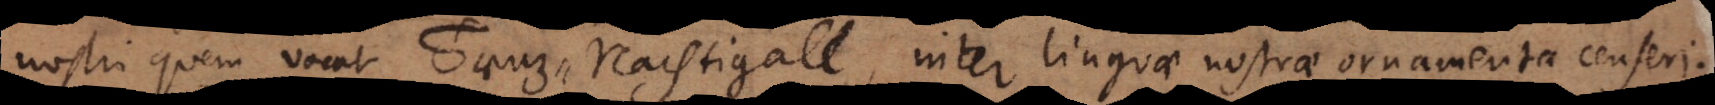
nostri quem vocat Truz‐Nachtigall, inter linguae nostrae ornamenta censeri.